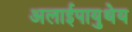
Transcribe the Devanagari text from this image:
अलाईपायुथेय